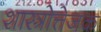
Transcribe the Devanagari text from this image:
शास्त्रोत्तेजक